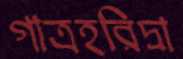
গাত্রহরিদ্রা